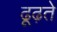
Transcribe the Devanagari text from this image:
ढूढ़ते